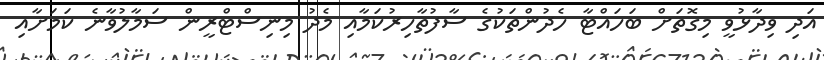
އަދި ވިދާޅުވީ މިގޮތަށް ބަހައްޓާ ހެދުންތަކުގެ ސާފުތާހިރުކަމާއި މެދު މިނިސްޓްރީން ސަމާލުވާނެ ކަމަށާއި